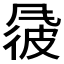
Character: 𫖽